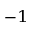
^ { - 1 }